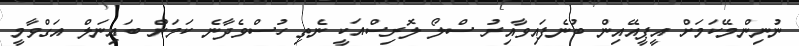
ނުނިންމޭކަމަށް އީޕީއޭއިން ބުނެފައިވާއިރު ސްލޯ ލޮރިސްއަކީ ނެތި ހުސްވެދާނެ ކަމަށް ބައިނަލް އަގްވާމީ